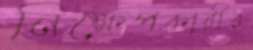
নিক্ষেপকারীর